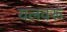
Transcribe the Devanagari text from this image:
यलवरू